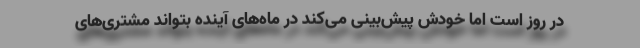
در روز است اما خودش پیش‌بینی می‌کند در ماه‌های آینده بتواند مشتری‌های